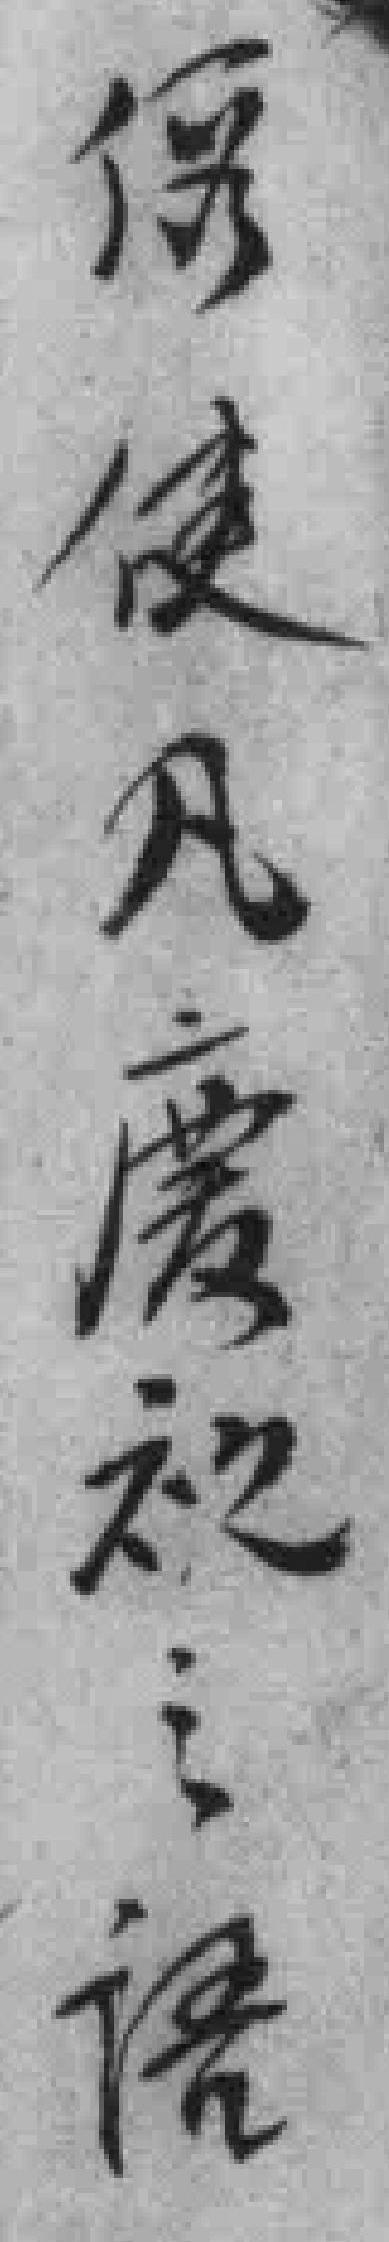
*使凡慶祝之语